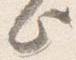
何